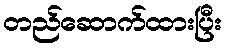
တည်ဆောက်ထားပြီး